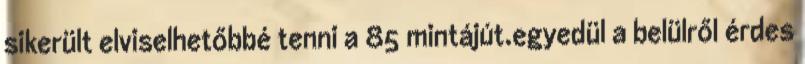
sikerült elviselhetőbbé tenni a 85 mintájút.egyedül a belülről érdes